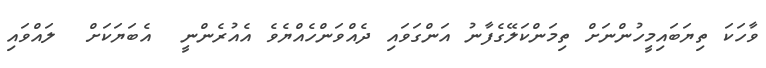
ވާހަކަ ތިޔަބައިމީހުންނަށް ތިމަންކަލޭގެފާނު އަންގަވައި ދެއްވަންހެއްޔެވެ އެއުރެންނީ  އެބަޔަކަށް  ލައްވައި